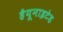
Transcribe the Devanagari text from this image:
हैयूनाइटेड